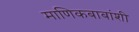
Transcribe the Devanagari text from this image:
माणिकबाबांशी